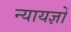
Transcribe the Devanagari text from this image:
न्यायज्ञों